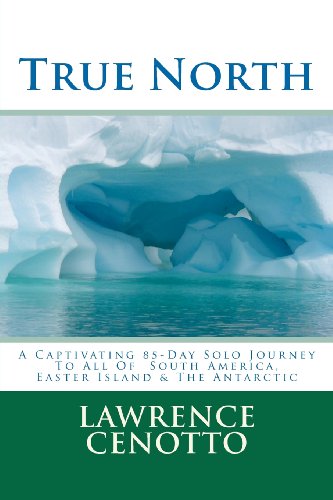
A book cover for True North: A Captivating 85-Day Solo Journey To All of South America & Easter Island & The Antarctic; Lawrence Arthur Cenotto V; Travel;